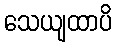
သေယျထာပိ